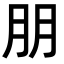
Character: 朋